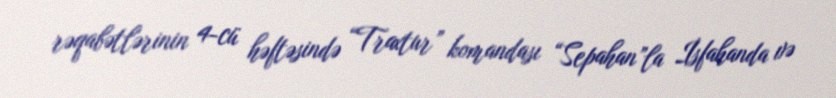
rəqabətlərinin 4-cü həftəsində “Traxtur” komandası “Sepahan”la İsfahanda və